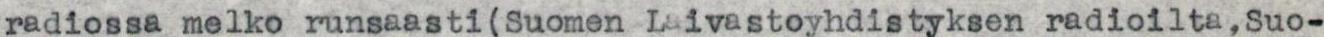
radiossa melko runsaasti(Suomen Laivastoyhdistyksen radioilta,Suo-